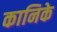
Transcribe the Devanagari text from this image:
कानिके